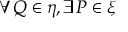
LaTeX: \forall Q \in \eta , \exists P \in \xi